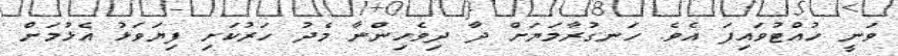
ވަނީ ހުއްޓުވައިފަ އެވެ. ހަނގުރާމަޔަށް ދާ ދިވެހިންނާ މެދު ހަރުކަށި ފިޔަވަޅު އެޅުމަށް